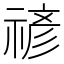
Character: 𮂉